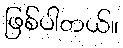
ဖြစ်ပါတယ်။